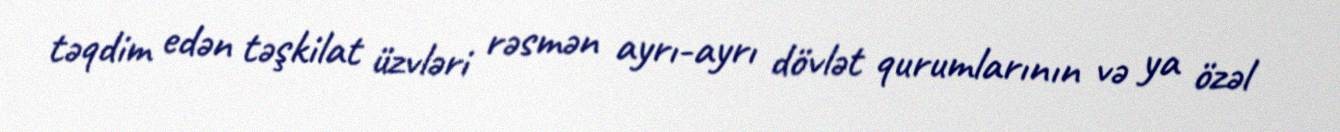
təqdim edən təşkilat üzvləri rəsmən ayrı-ayrı dövlət qurumlarının və ya özəl